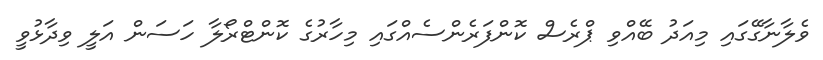
ވެލާނާގޭގައި މިއަދު ބޭއްވި ޕްރެސް ކޮންފަރެންސެއްގައި މިހާރުގެ ކޮންޓްރޯލާ ހަސަން އަލީ ވިދާޅުވީ